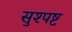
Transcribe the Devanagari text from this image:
सुश्पष्ट